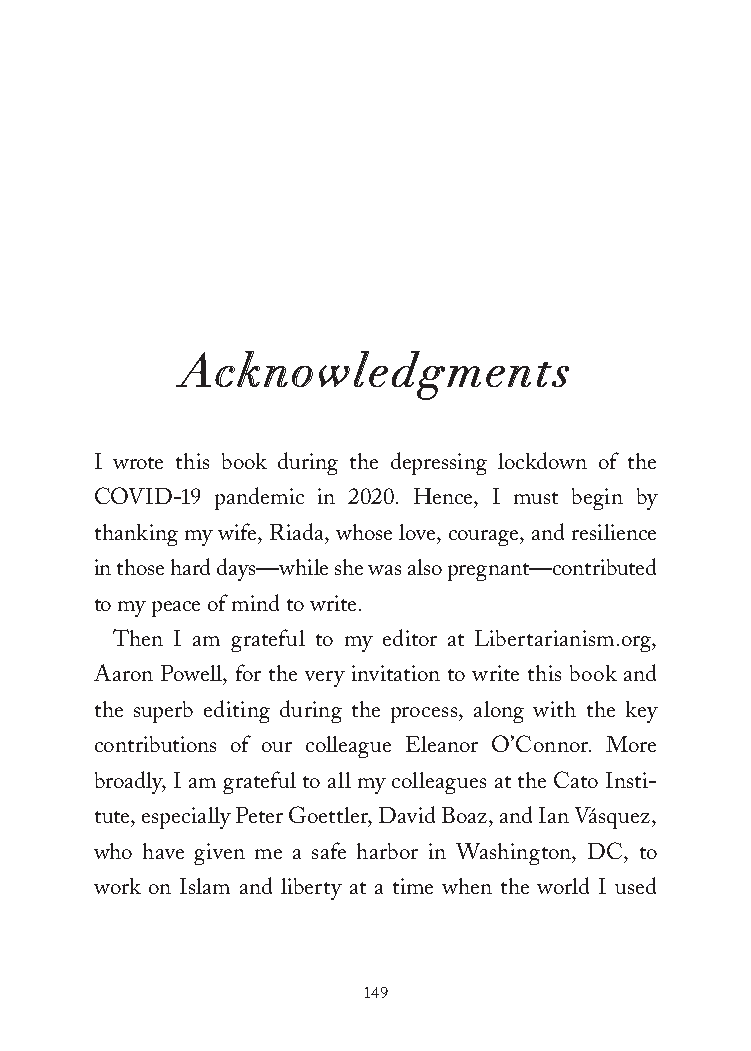
Acknowledgments
 I wrote this book during the depressing lockdown of the
 COVID-19 pandemic in 2020. Hence, I must begin by
 thanking my wife, Riada, whose love, courage, and resilience
 in those hard days—while she was also pregnant—contributed
 to my peace of mind to write.
 Then I am grateful to my editor at Libertarianism.org,
 Aaron Powell, for the very invitation to write this book and
 the superb editing during the process, along with the key
 contributions of our colleague Eleanor O’Connor. More
 broadly, I am grateful to all my colleagues at the Cato Insti-
 tute, especially Peter Goettler, David Boaz, and Ian Vásquez,
 who have given me a safe harbor in Washington, DC, to
 work on Islam and liberty at a time when the world I used
 149
 25320_Ch10_Acknowledgments.indd 149     24/06/2021 9:39 AM